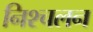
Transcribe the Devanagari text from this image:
निश्‍चलन